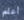
أعلم